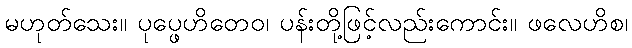
မဟုတ်သေး။ ပုပ္ဖေဟိတေဝ၊ ပန်းတို့ဖြင့်လည်းကောင်း။ ဖလေဟိစ၊